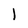
Character: l